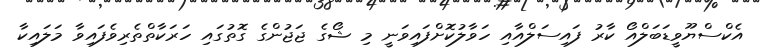
އެކްސްޔޫވީޑަބަލްއޯ ކާރު ފައިސަލްއާއި ހަވާލުކޮށްފައިވަނީ މި ޝޯގެ ޖަޖުންގެ ގޮތުގައި ހަރަކާތްތެރިވެފައިވާ މަލައިކާ